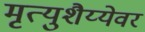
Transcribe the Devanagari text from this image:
मृत्युशैय्येवर